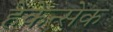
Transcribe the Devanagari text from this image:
हेकेन्सेक